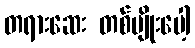
တရားဆေး တစ်မျိုးပေါ့